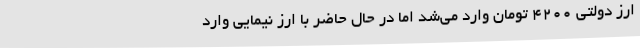
ارز دولتی 4200 تومان وارد می‌شد اما در حال حاضر با ارز نیمایی وارد